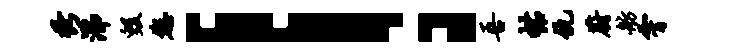
秀沸毁您！吾帖仇蔚舫霄